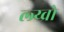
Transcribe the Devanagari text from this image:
ल्य्व्रो